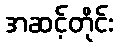
အဆင့်တိုင်း